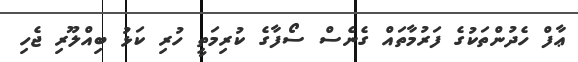
ޢާފް ހެދުންތަކުގެ ފަރުމާތައް ގެނެސް ސޯފާގެ ކުރިމަތީ ހުރި ކަޅު ބިއްލޫރި ޖެހި